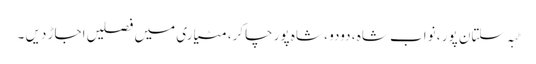
ٹبہ سلتان پور ، نواب شاہ ، دودو ، شاہ پور چاکر، مٹیاری میں فصلیں اجاڑ دیں ۔